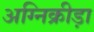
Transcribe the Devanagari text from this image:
अग्निक्रीड़ा